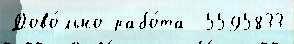
Дово́льно рабо́та  5595833